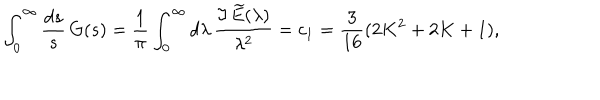
\int _ { 0 } ^ { \infty } { \frac { d s } { s } } \, G ( s ) = { \frac { 1 } { \pi } } \int _ { 0 } ^ { \infty } d \lambda \, { \frac { \Im \, \widetilde E ( \lambda ) } { \lambda ^ { 2 } } } = c _ { 1 } = { \frac { 3 } { 1 6 } } ( 2 K ^ { 2 } + 2 K + 1 ) ,